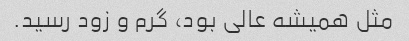
مثل همیشه عالی بود، گرم و‌ زود رسید.